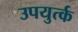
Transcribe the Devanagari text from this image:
उपयुर्त्क